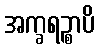
အက္ခရဉ္စာပိ